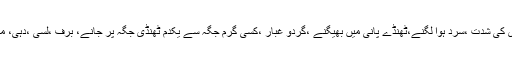
موسم خزاں میں ہونے والا نزلہ زکام بالعموم سردی کی شدت ،سرد ہوا لگنے،ٹھنڈے پانی میں بھیگنے ،گردو غبار ،کسی گرم جگہ سے یکدم ٹھنڈی جگہ پر جانے، برف ،لسی ،دہی، مرطوب اور ثقیل اشیاء کے استعمال سے ہوجاتاہے۔